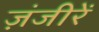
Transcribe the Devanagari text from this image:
ज़ंजीरें